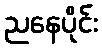
ညနေပိုင်း